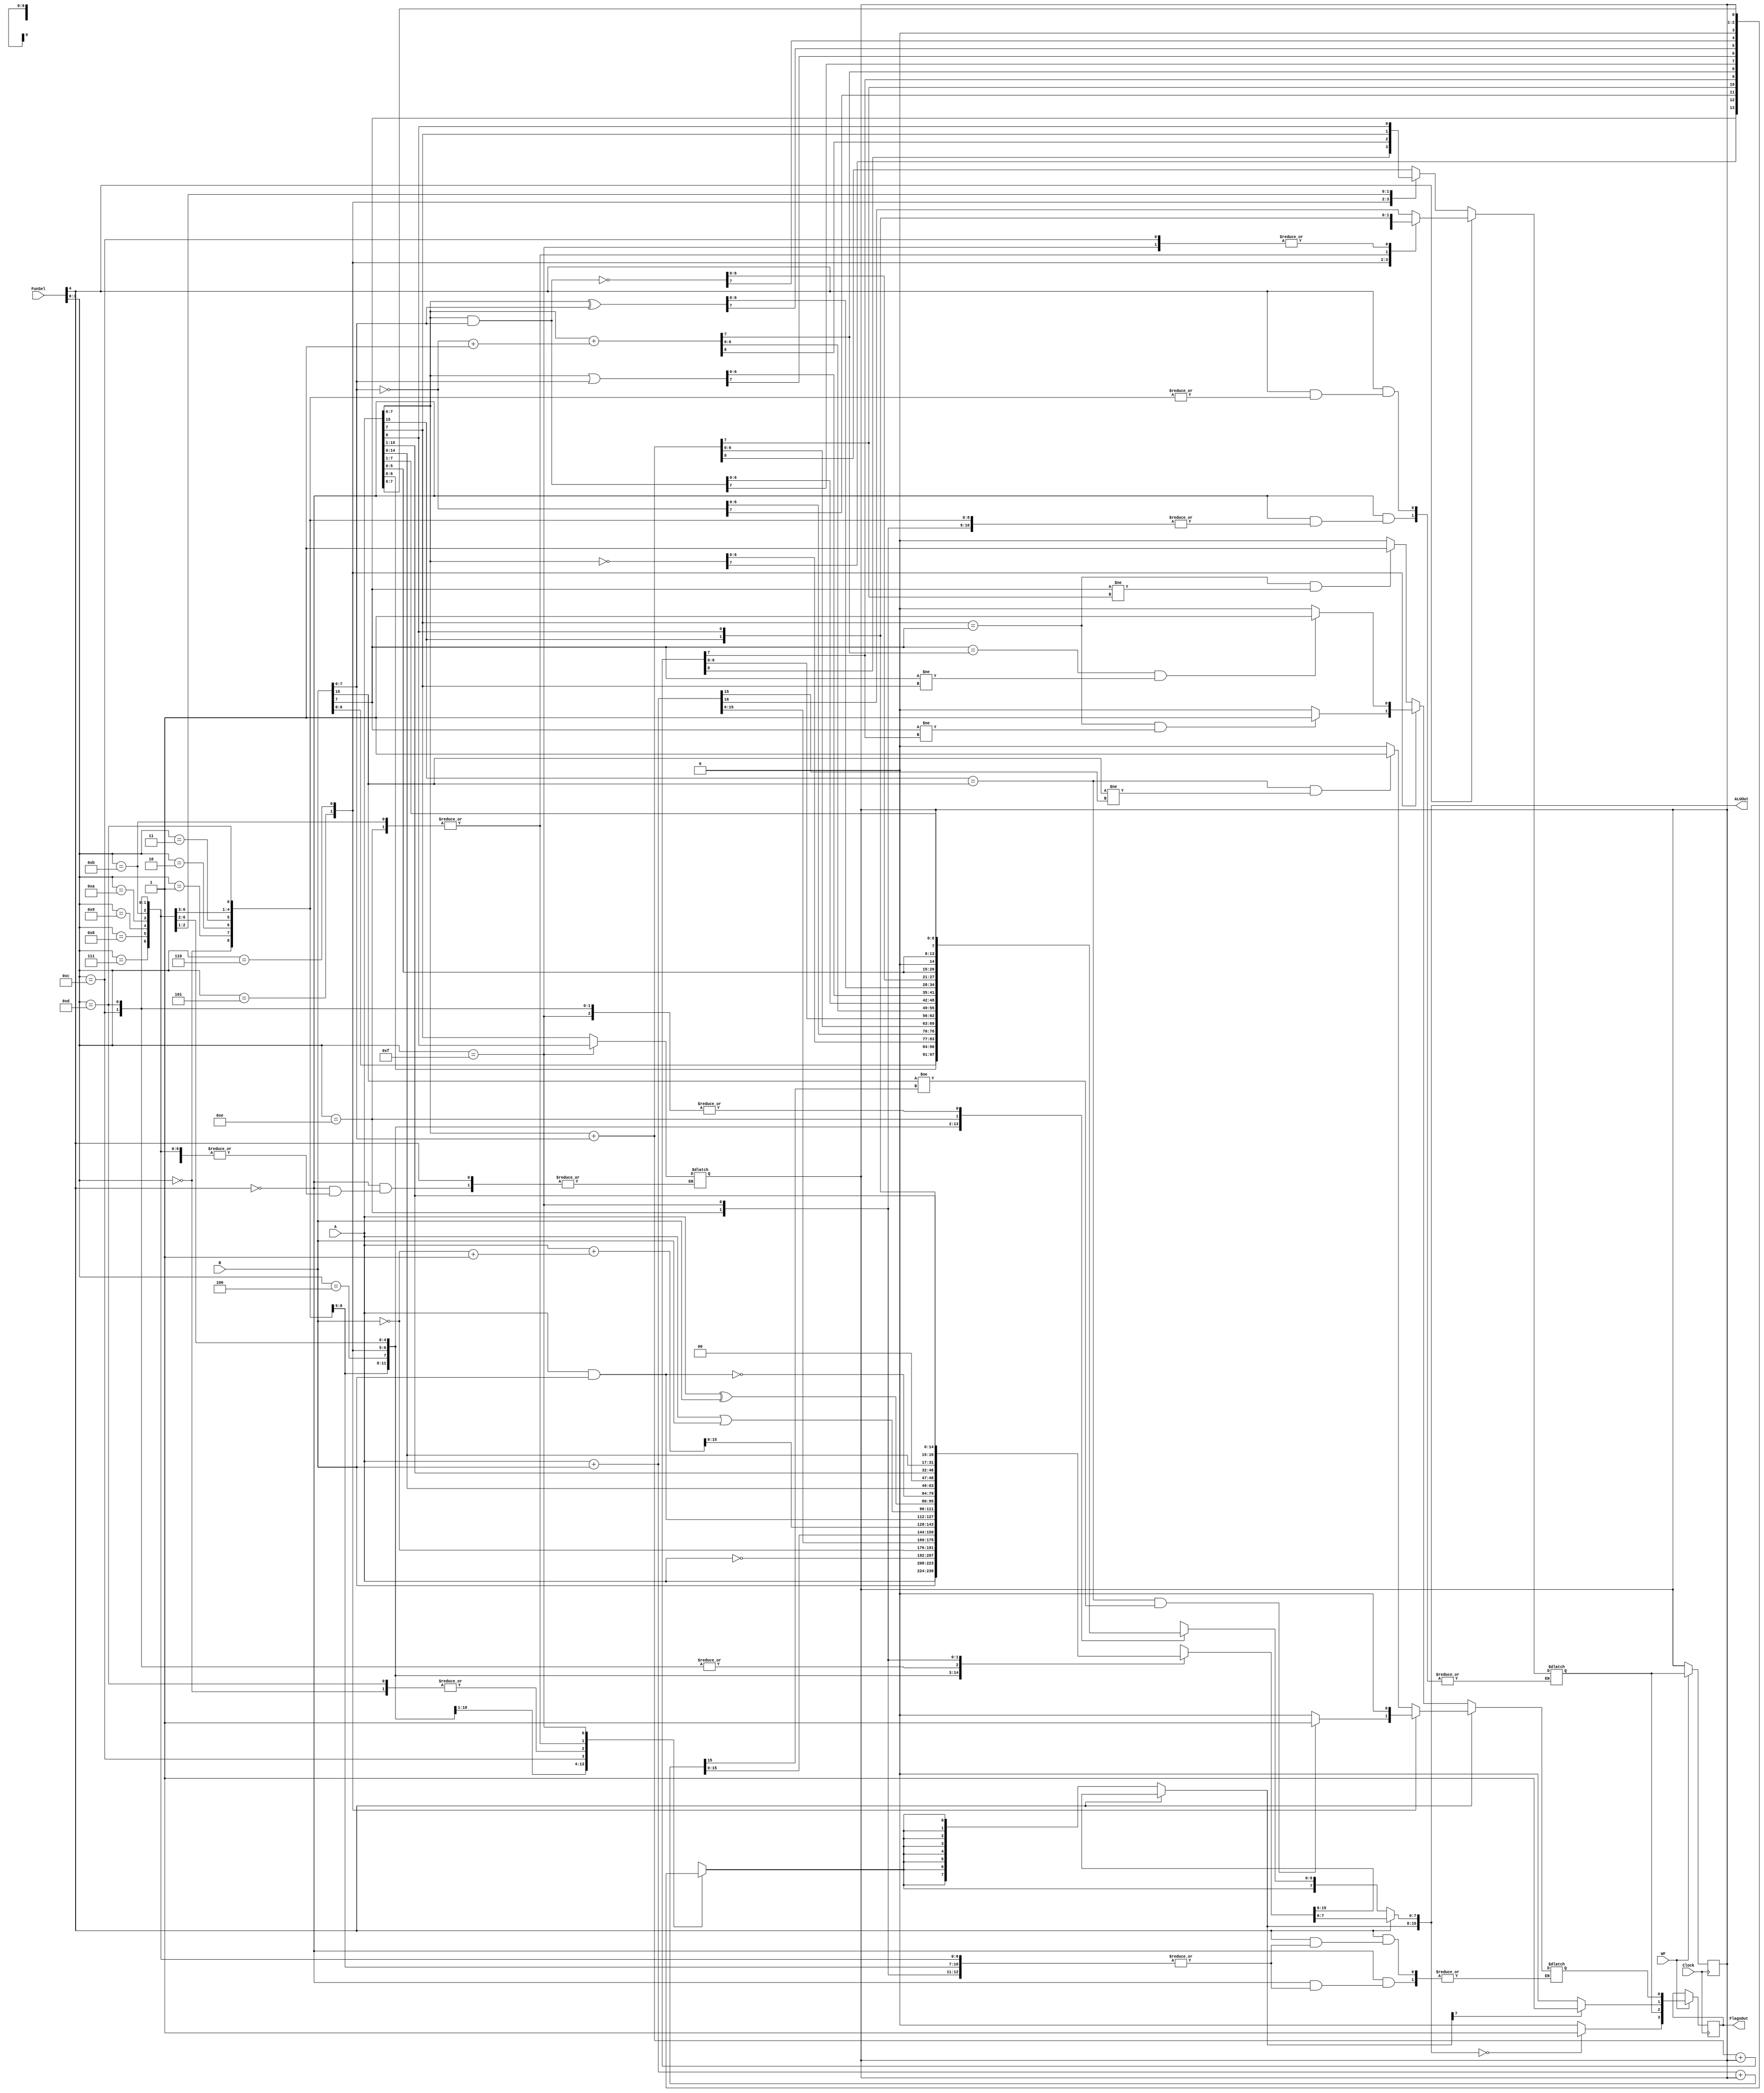
`timescale 1ns / 1ps
//////////////////////////////////////////////////////////////////////////////////
// Company: ITU Computer Engineering Department
// Project Name: BLG222E Project 1
//////////////////////////////////////////////////////////////////////////////////


module ArithmeticLogicUnit(A, B, FunSel, WF, ALUOut, FlagsOut, Clock);
    input [15:0] A;
    input [15:0] B;
    input wire [4:0] FunSel;
    input wire WF;
    input wire Clock;
    output reg [15:0] ALUOut;
    output reg [3:0] FlagsOut;
    reg Z = 0;
    reg C = 0;
    reg C_temp = 0;
    reg N = 0;
    reg O = 0;
    reg O_temp = 0;
    
    always @(*) begin
        if (FunSel[4] == 0) begin  
	    // 8 Bit Operations     
            case (FunSel[3:0])
                4'b0000: // ALUOut = A
                    begin
                        ALUOut[7:0] = A[7:0];
                    end
                4'b0001: // ALUOut = B
                    begin
                        ALUOut[7:0] = B[7:0];
                    end
                4'b0010: // ALUOut = Not A
                    begin
                        ALUOut[7:0] = ~A[7:0];
                    end
                4'b0011: // ALUOut = Not B
                    begin
                        ALUOut[7:0] = ~B[7:0];
                    end
                4'b0100: // ALUOut = A + B
                    begin
                        O_temp = 0;
                        {C_temp, ALUOut[7:0]} = {1'b0, A[7:0]} + {1'b0, B[7:0]};

                        if ((A[7] == B[7]) && (B[7] != ALUOut[7])) begin
                            O_temp = 1;
                        end         
                    end
                4'b0101: // ALUOut = A + B + Carry
                    begin
                        O_temp = 0;
                        {C_temp, ALUOut[7:0]} = {1'b0, A[7:0]} + {1'b0, B[7:0]} + {8'd0, C};

                        if ((A[7] == B[7]) && (B[7] != ALUOut[7])) begin
                            O_temp = 1;
                        end
                    end
                4'b0110: // ALUOut = A - B
                    begin
                        O_temp = 0;
                        {C_temp, ALUOut[7:0]} = {1'b0, A[7:0]} + {1'b0, (~B[7:0] + 8'd1)};

                        if ((B[7] == ALUOut[7]) && (B[7] != A[7])) begin
                            O_temp = 1;
                        end
                    end
                4'b0111: // ALUOut = A AND B
                    begin
                        ALUOut[7:0] = A[7:0] & B[7:0];
                    end
                4'b1000: // ALUOut = A OR B
                    begin
                        ALUOut[7:0] = A[7:0] | B[7:0];
                    end
                4'b1001: // ALUOut = A XOR B
                    begin
                        ALUOut[7:0] = A[7:0] ^ B[7:0];
                    end
                4'b1010: // ALUOut = A NAND B
                    begin
                        ALUOut[7:0] = ~(A[7:0] & B[7:0]);
                    end
                4'b1011: // ALUOut = LSL A
                    begin
                        C_temp = A[7];
                        ALUOut[7:0] = A[7:0] << 1;
                    end
                4'b1100: // ALUOut = LSR A
                    begin
                        C_temp = A[0];
                        ALUOut[7:0] = A[7:0] >> 1;
                    end
                4'b1101: // ALUOut = ASR A
                    begin
                        ALUOut[7:0] = A[7:0];
                        ALUOut = ALUOut >> 1;
                        ALUOut[7] = ALUOut[6];
                    end
                4'b1110: // ALUOut = CSL A
                    begin
                        ALUOut = {A[6:0],C};
                        C = A[7];
                    end
                4'b1111: // ALUOut = CSR A
                    begin
                        ALUOut = {C, A[7:1]};
                        C = A[0];
                    end
                default: // Return A
                    begin
                        ALUOut = A[7:0];
                    end
            endcase
              
            ALUOut[15:8] <= {8{ALUOut[7]}};
              
        end    
          
          //  16 Bit Operations
          else begin
            case (FunSel[3:0])
                4'b0000: // ALUOut = A
                        begin
                            ALUOut = A;

                        end
                4'b0001: // ALUOut = B
                        begin
                            ALUOut = B;
                        end
                4'b0010: // ALUOut = Not A
                        begin
                            ALUOut = ~A;
                        end
                4'b0011: // ALUOut = Not B
                        begin
                            ALUOut = ~B;
                        end
                4'b0100: // ALUOut = A + B
                        begin
                            O_temp = 0;
                            {C_temp, ALUOut} = {1'b0, A} + {1'b0, B};

                            if ((A[15] == B[15]) && (B[15] != ALUOut[15])) begin
                                O_temp = 1;
                            end
                        end
                4'b0101: // ALUOut = A + B + Carry
                        begin
                            O_temp = 0;
                            {C_temp, ALUOut} = {1'b0, A} + {1'b0, B} + {16'd0, C};

                            if ((A[15] == B[15]) && (B[15] != ALUOut[15])) begin
                                O_temp = 1;
                            end
                        end         
                4'b0110: // ALUOut = A - B
                        begin
                            O_temp = 0;
                            {C_temp, ALUOut} = {1'b0, A} + {1'b0, (~B + 16'd1)};

                            if ((B[15] == ALUOut[15]) && (B[15] != A[15])) begin
                                O = 1;
                            end
                        end
                4'b0111: // ALUOut = A AND B
                        begin
                            ALUOut = A & B;
                        end
                4'b1000: // ALUOut = A OR B
                        begin
                            ALUOut = A | B;
                        end
                4'b1001: // ALUOut = A XOR B
                        begin
                            ALUOut = A ^ B;
                        end
                4'b1010: // ALUOut = A NAND B
                        begin
                            ALUOut = ~(A & B);
                        end
                4'b1011: // ALUOut = LSL A
                        begin
                            C_temp = A[15];
                            ALUOut = A << 1;
                        end

                4'b1100: // ALUOut = LSR A
                        begin
                            C_temp = A[0];
                            ALUOut = A >> 1;
                        end
                4'b1101: // ALUOut = ASR A
                        begin
                            ALUOut = A >>> 1;
                        end
                4'b1110: // ALUOut = CSL A
                        begin
                            ALUOut = {A[14:0],A[15]};
                            C_temp = A[15];
                        end
                4'b1111: // ALUOut = CSR A
                        begin
                            ALUOut = {A[0], A[15:1]};
                            C_temp = A[0];
                        end
                
                default: // Return A
                        begin
                            ALUOut = A;
                        end
                
              endcase
            end
      end

	always @(posedge Clock) begin
	    if (WF) begin 
	        if (ALUOut[15] == 1) begin // Negative
                    N = 1;
                end else begin
                    N = 0;
                end
                
	   	if (ALUOut == 16'd0) begin // Zero
                    Z = 1;
                end else begin
                    Z = 0;
                end
	   	C = C_temp;
	   	O = O_temp;
	    	FlagsOut <= {Z,C,N,O};
	    end
        end

endmodule